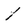
Character: 1